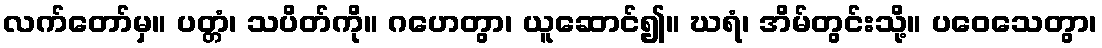
လက်တော်မှ။ ပတ္တံ၊ သပိတ်ကို။ ဂဟေတွာ၊ ယူဆောင်၍။ ဃရံ၊ အိမ်တွင်းသို့။ ပဝေသေတွာ၊